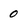
Character: 0